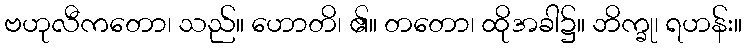
ဗဟုလီကတော၊ သည်။ ဟောတိ၊ ၏။ တတော၊ ထိုအခါ၌။ ဘိက္ခု၊ ရဟန်း။